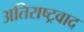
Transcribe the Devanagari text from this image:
अतिराष्ट्रवाद